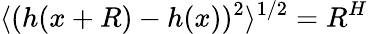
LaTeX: \langle(h(x+R)-h(x))^{2}\rangle^{1/2}=R^{H}